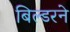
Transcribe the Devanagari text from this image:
बिल्डरने